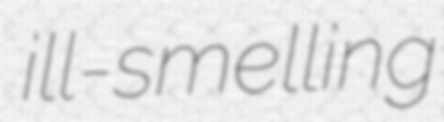
ill-smelling